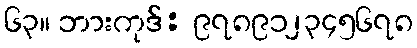
၆၃။ ဘားကုဒ်: ၉၇၈၉၁၂၃၄၅၆၇၈